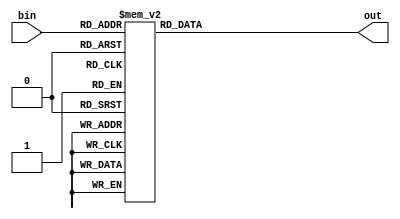
/*************************************************************
Design Name 	: Binary to Seven Segment Display
File Name   	: bin_segment7.v
Function    	: Display binary input in seven segment display
Programer     	: Mohammad Abdul Moin Oninda
Last Modified	: 28-08-2019
*************************************************************/
module bin_segment7(bin, out);

input [3:0] bin;

output reg [6:0] out;

always @(*)
	begin
		case(bin)
			4'b0001:
				begin
					out <= 7'b1111001; //1
				end
			4'b0010:
				begin
					out <= 7'b0100100; //2
				end
			4'b0011:
				begin
					out <= 7'b0110000; //3
				end
			4'b0100:
				begin
					out <= 7'b0011001; //4
				end
			4'b0101:
				begin
					out <= 7'b0010010; //5
				end
			4'b0110:
				begin
					out <= 7'b0100000; //6
				end
			4'b0111:
				begin
					out <= 7'b1111000; //7
				end
			4'b1000:
				begin
					out <= 7'b0000000; //8
				end
			4'b1001:
				begin
					out <= 7'b0011000; //9
				end
			4'b1010:
				begin
					out <= 7'b0001000; //A
				end
			4'b1011:
				begin
					out <= 7'b0000011; //b
				end
			4'b1100:
				begin
					out <= 7'b0110011; //c
				end
			4'b1101:
				begin
					out <= 7'b0100001; //d
				end
			4'b1110:
				begin
					out <= 7'b0000110; //E
				end
			4'b1111:
				begin
					out <= 7'b0001110; //F
				end
			default:
				begin
					out <= 7'b1111111;
				end
		endcase
	end
endmodule